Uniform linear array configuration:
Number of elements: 48
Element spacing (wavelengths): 1
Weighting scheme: hann
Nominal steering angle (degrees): -45
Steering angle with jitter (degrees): -44.546
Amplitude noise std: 0.05
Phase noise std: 0.05

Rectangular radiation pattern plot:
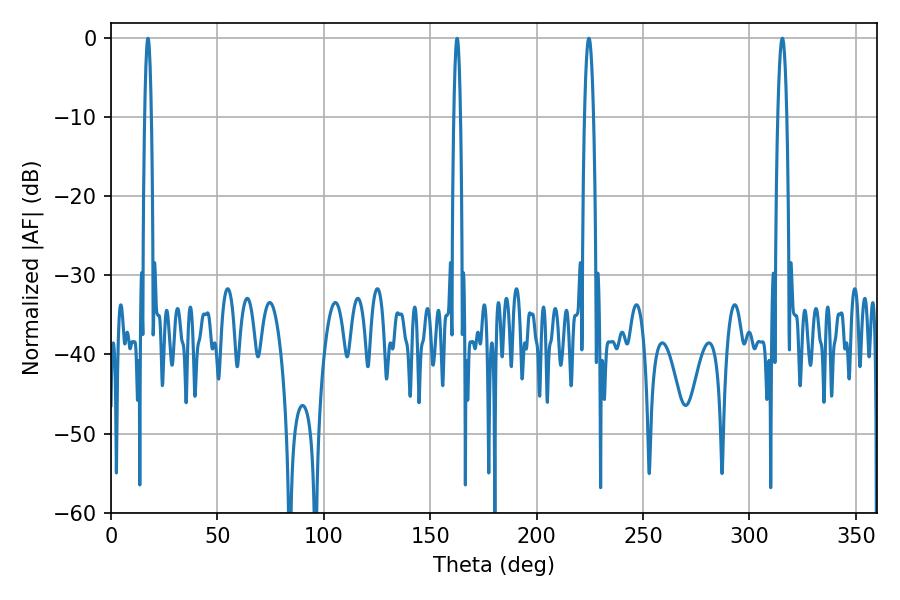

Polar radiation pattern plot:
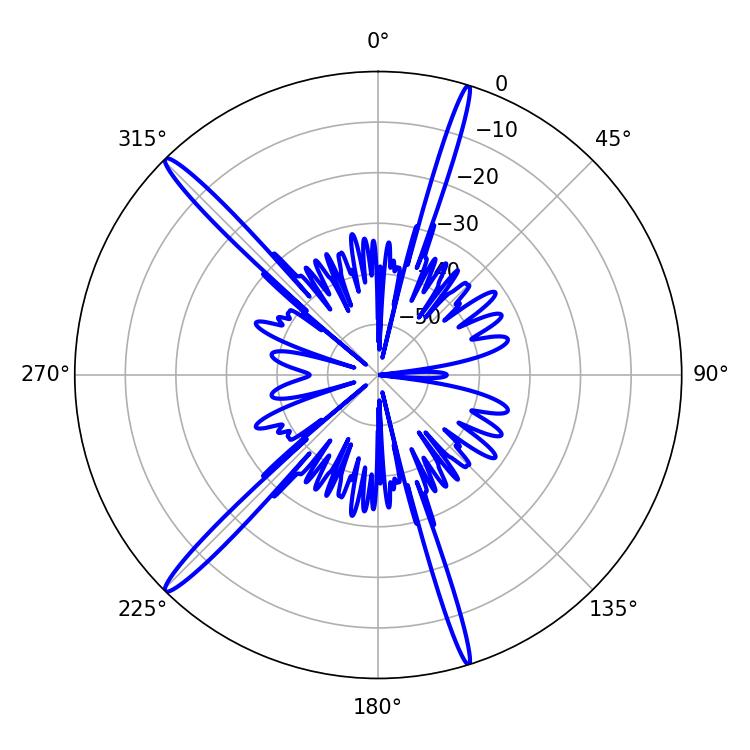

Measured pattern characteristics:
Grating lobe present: TRUE
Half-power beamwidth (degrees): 2.34
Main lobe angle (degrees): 315.36